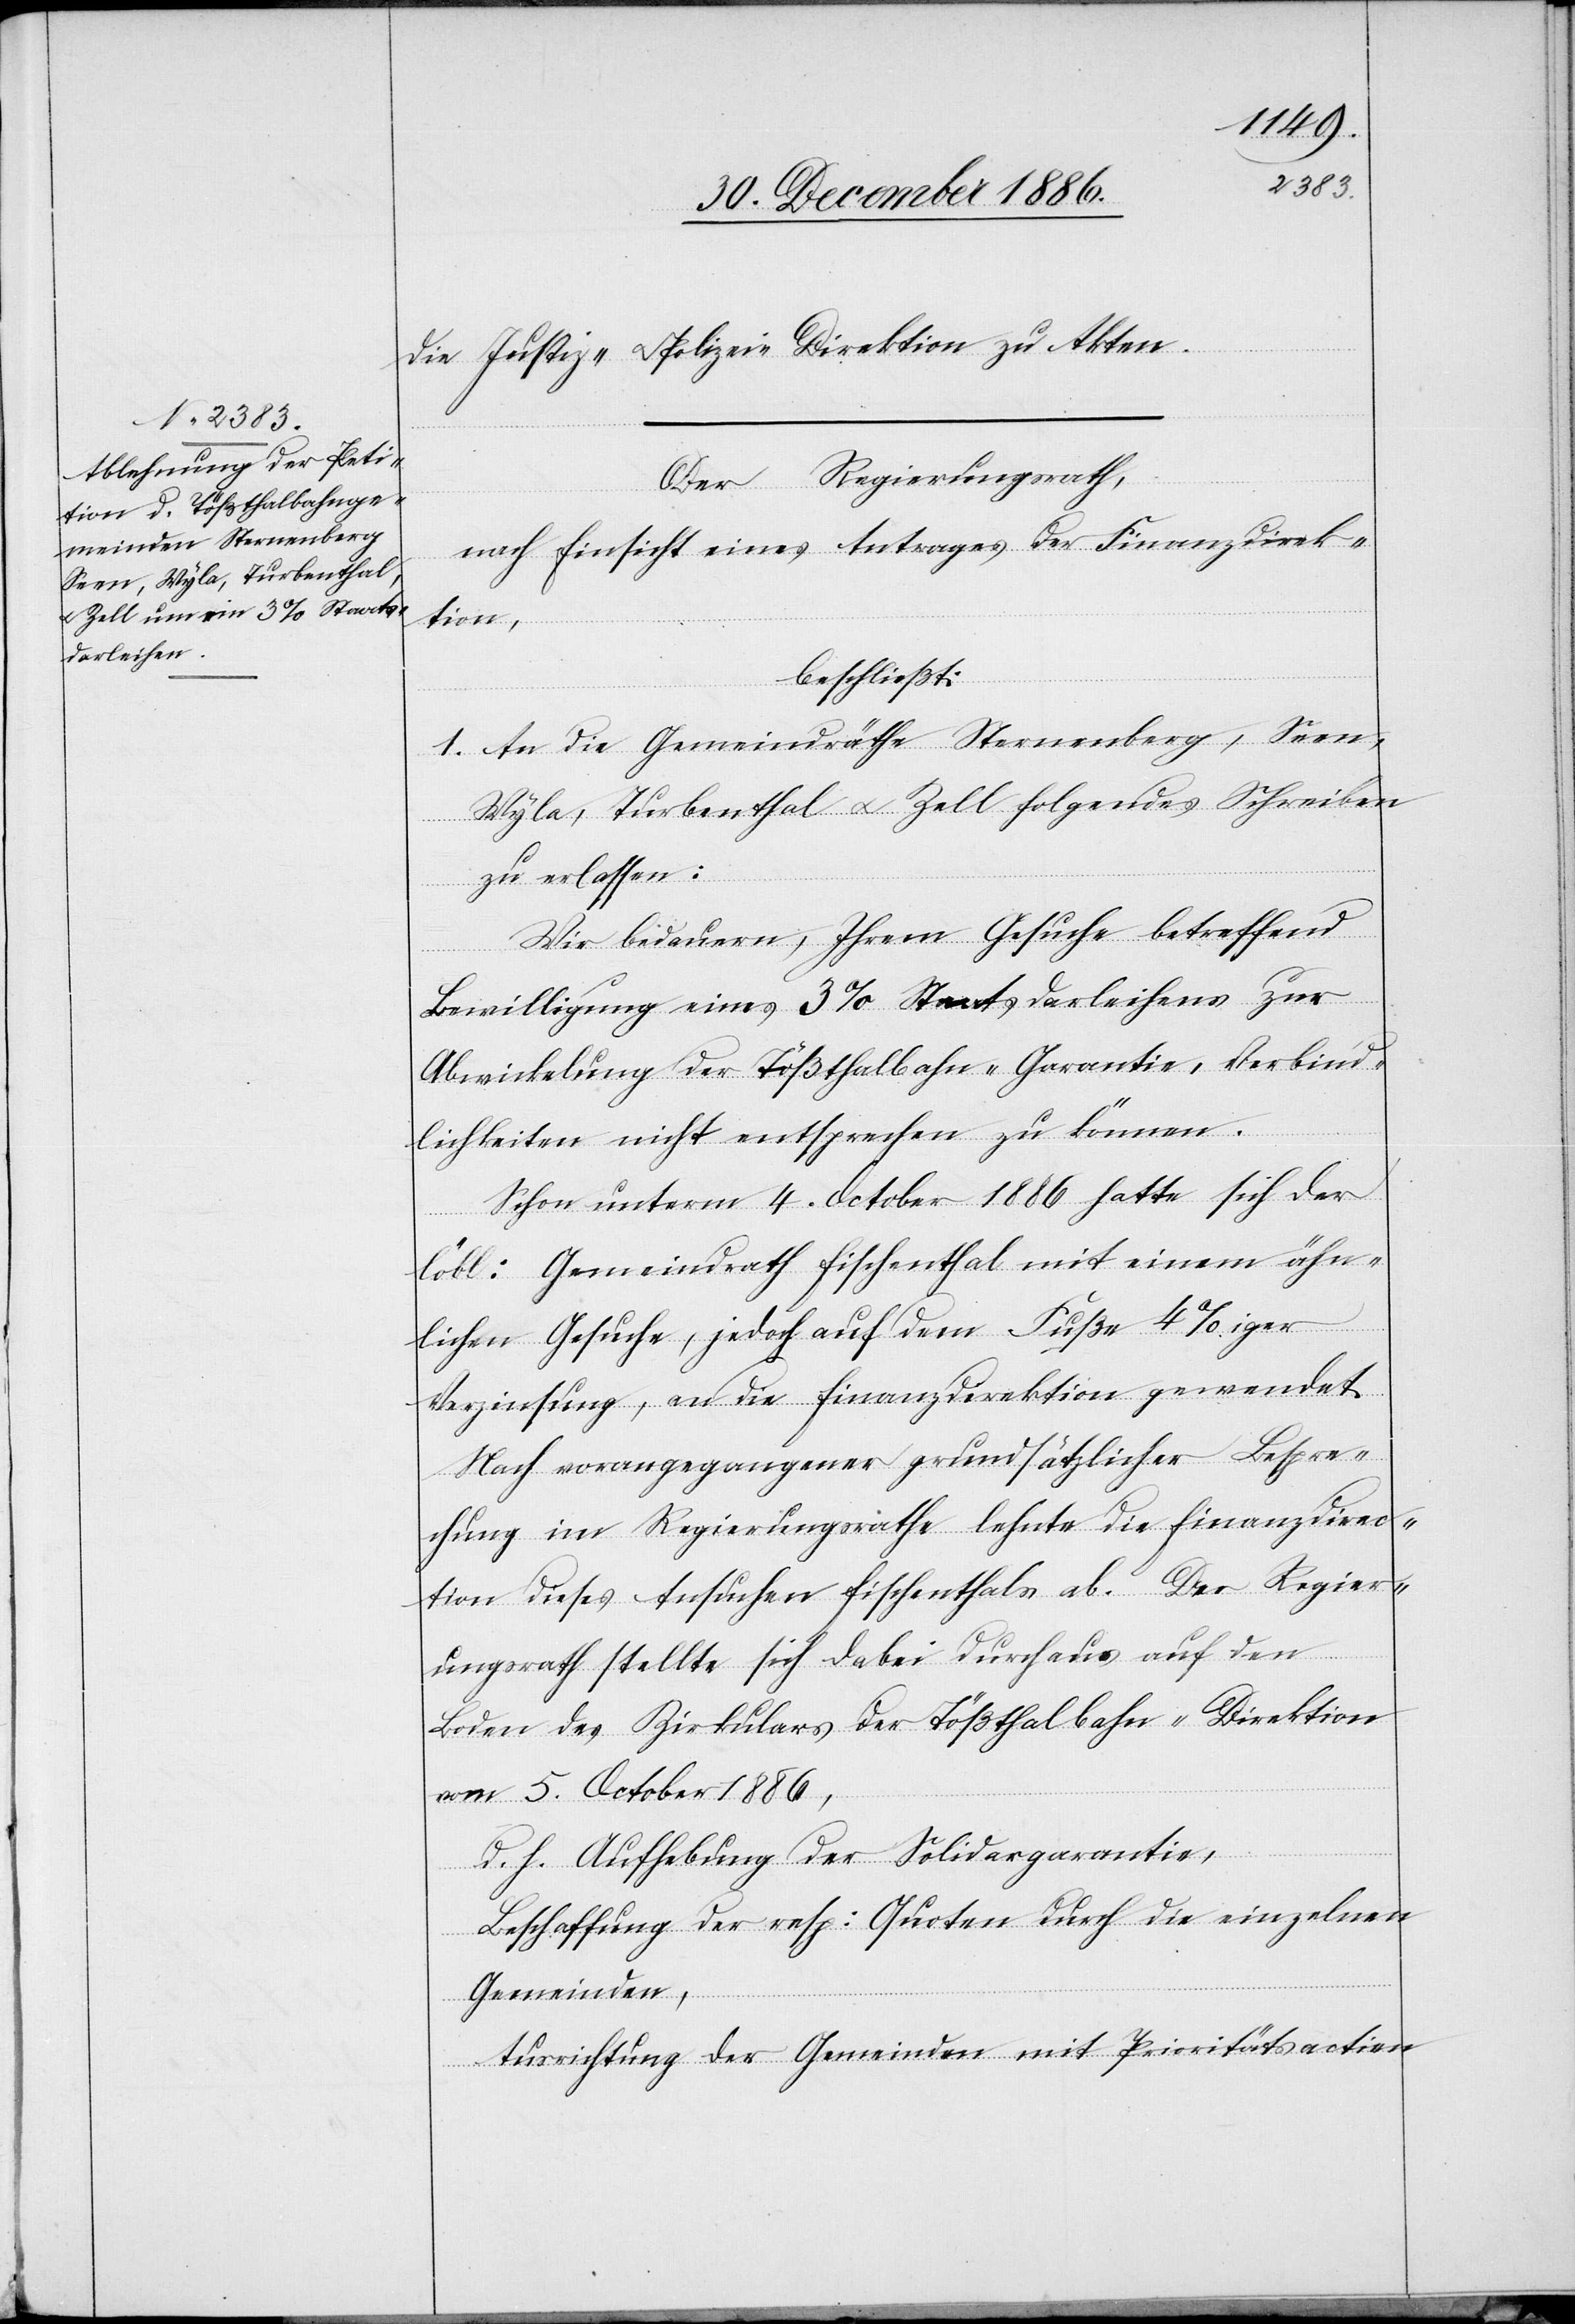
die Justiz- & Polizei-Direktion zu Akten.
Der Regierungsrath,
nach Einsicht eines Antrages der Finanzdirek¬
tion,
beschließt:
1. An die Gemeindräthe Sternenberg, Seen,
Wyla, Turbenthal & Zell folgendes Schreiben
zu erlassen:
Wir bedauern, Ihrem Gesuche betreffend
Bewilligung eines 3% Staatsdarleihens zur
Abwickelung der Tößthalbahn-Garantie-Verbind¬
lichkeiten nicht entsprechen zu können.
Schon unterm 4. October 1886 hatte sich der
löbl: Gemeindrath Fischenthal mit einem ähn¬
lichen Gesuche, jedoch auf dem Fuße 4%iger
Verzinsung, an die Finanzdirektion gewendet.
Nach vorangegangener grundsätzlicher Bespre¬
chung im Regierungsrathe lehnte die Finanzdirec¬
tion dieses Ansuchen Fischenthals ab. Der Regier¬
ungsrath stellte sich dabei durchaus auf den
Boden des Zirkulars der Tößthalbahn-Direktion
vom 5. October 1886,
d. h. Aufhebung der Solidargarantie,
Beschaffung der resp: Quoten durch die einzelnen
Gemeinden,
Ausrichtung der Gemeinden mit Prioritätsactien